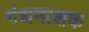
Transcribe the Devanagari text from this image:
गंधनाशक